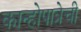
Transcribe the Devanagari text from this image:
कान्होपात्रेची